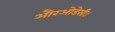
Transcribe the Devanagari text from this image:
औरओडेसी।